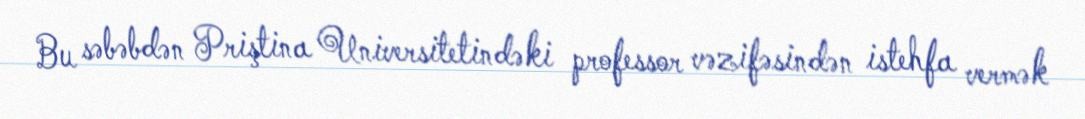
Bu səbəbdən Priştina Universitetindəki professor vəzifəsindən istehfa vermək